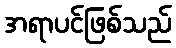
အရာပင်ဖြစ်သည်